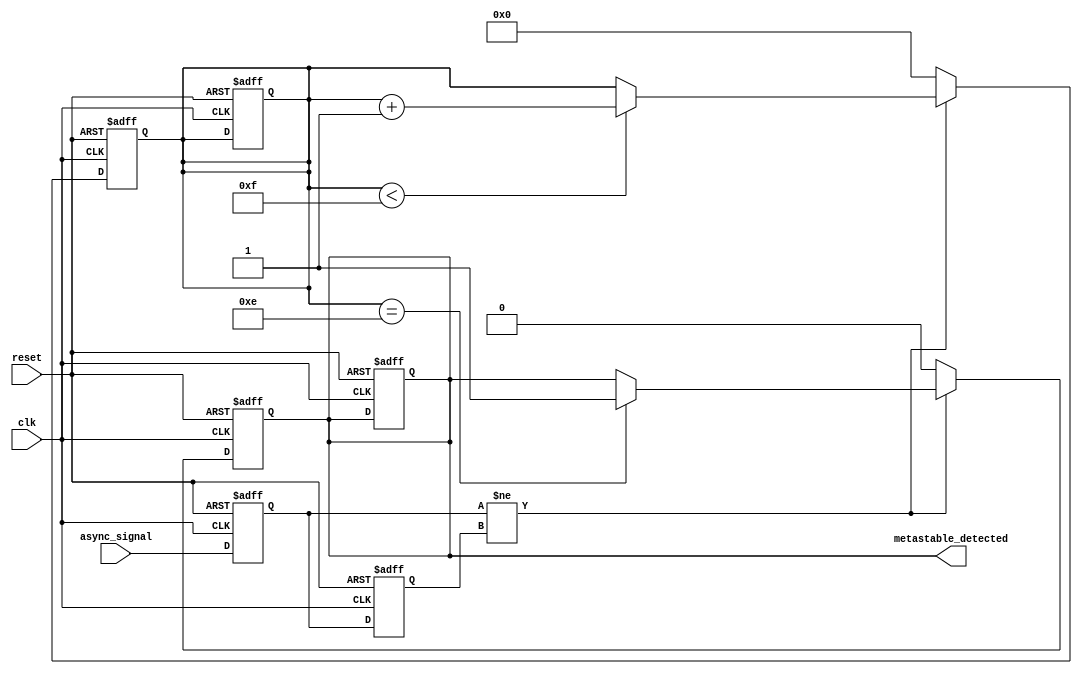
module metastability_detector (
    input wire clk,            // System clock
    input wire reset,          // Reset signal
    input wire async_signal,   // Asynchronous input signal
    output reg metastable_detected // Output signal indicating metastability
);

    reg ff1, ff2; // Flip-flops for sampling the async signal
    reg [3:0] counter; // Counter to monitor the duration of metastability
    parameter METASTABILITY_THRESHOLD = 4'b1111; // Threshold for detection

    // Sampling flip-flops
    always @(posedge clk or posedge reset) begin
        if (reset) begin
            ff1 <= 1'b0;
            ff2 <= 1'b0;
            counter <= 4'b0000;
            metastable_detected <= 1'b0;
        end else begin
            ff1 <= async_signal; // Sample the asynchronous signal
            ff2 <= ff1; // Sample the output of the first flip-flop
        end
    end

    // Metastability detection logic
    always @(posedge clk or posedge reset) begin
        if (reset) begin
            counter <= 4'b0000;
            metastable_detected <= 1'b0;
        end else begin
            if (ff1 != ff2) begin // Outputs are different
                if (counter < METASTABILITY_THRESHOLD) begin
                    counter <= counter + 1; // Increment the counter
                end
                if (counter == METASTABILITY_THRESHOLD - 1) begin
                    metastable_detected <= 1'b1; // Metastability detected
                end
            end else begin
                counter <= 4'b0000; // Reset counter if outputs are the same
                metastable_detected <= 1'b0; // Clear detection
            end
        end
    end

endmodule